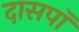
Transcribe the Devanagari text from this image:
दासपॉ